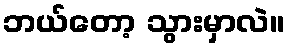
ဘယ်တော့ သွားမှာလဲ။